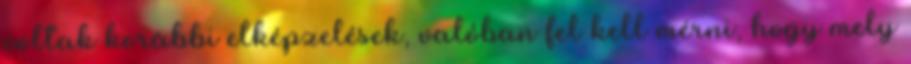
voltak korábbi elképzelések, valóban fel kell mérni, hogy mely